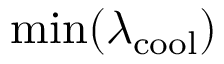
\operatorname* { m i n } ( \lambda _ { \mathrm { c o o l } } )